Leningradi_Edasi_toimetus, lk 46
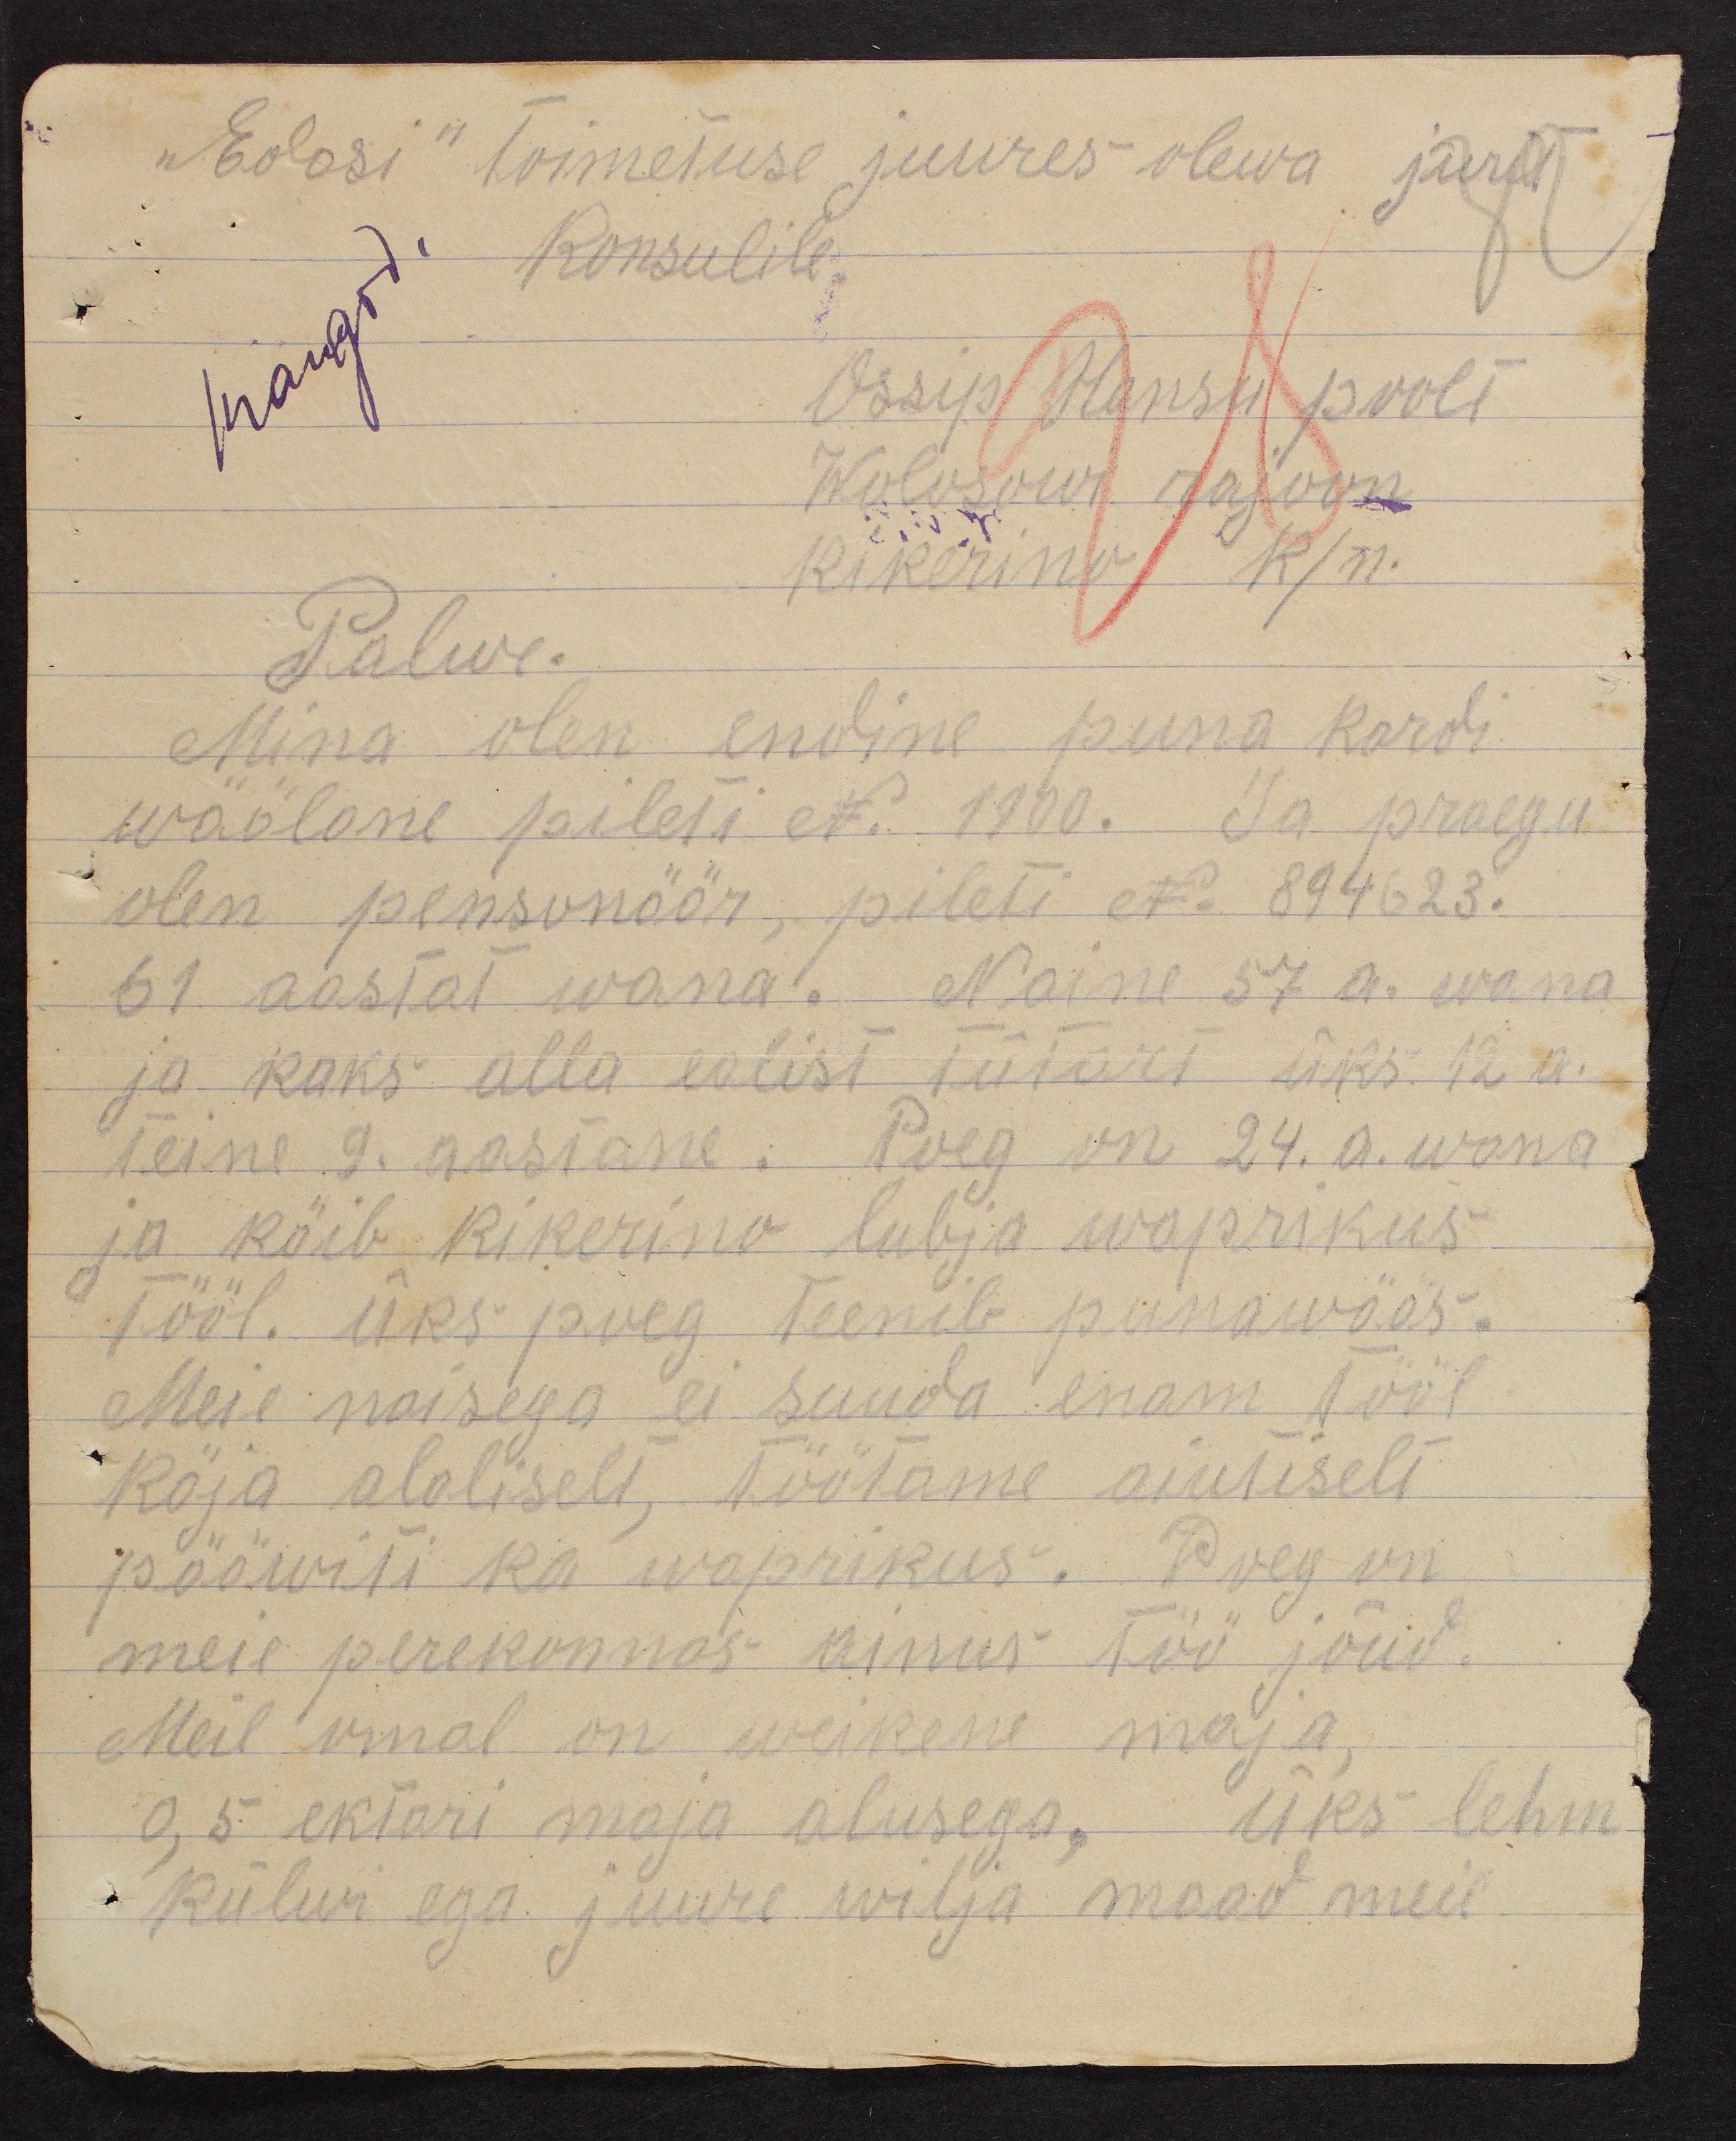
"Edasi" toimetuse juures olewa jurist
Konsulile
Ossip Hansu poolt
Wolosowi rajoon
Kikerino k/n.
Palwe.
Mina olen endine puna kardi
wäälane pileti N. 1900. Ja praegu
olen pensionäär, pileti No 894623.
61 aastat wana. Naine 57 a. wana
ja kaks alla ealist tütart üks 12 a.
teine 9. aastane. Poeg on 24. a. wana
ja käib Kikerino lubja waprikus
tööl. Üks poeg teenib punawääs.
Meie naisega ei suuda enam tööl
käja alaliselt, töötame aiutiselt
pääwiti ka waprikus. Poeg on
meie perekonnas ainus töö jõud.
Meil omal on weikene maja,
0,5 ektari maja alusega, üks lehm
külwi ega juure wilja maad meil